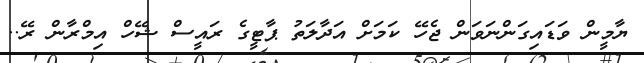
ޔާމީން ވަޑައިގަންނަވަން ޖެހޭ ކަމަށް އަދާލަތު ޕާޓީގެ ރައީސް ޝޭހް އިމްރާން ރޭ..